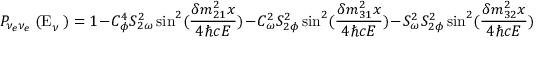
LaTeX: P _ { \nu _ { e } \nu _ { e } } { \mathrm { \tiny ~ ( E } } _ { \nu } \mathrm { \tiny ~ ) } = 1 - C _ { \phi } ^ { 4 } S _ { 2 \omega } ^ { 2 } \sin ^ { 2 } ( \frac { \delta m _ { 2 1 } ^ { 2 } x } { 4 \hbar c E } ) - C _ { \omega } ^ { 2 } S _ { 2 \phi } ^ { 2 } \sin ^ { 2 } ( \frac { \delta m _ { 3 1 } ^ { 2 } x } { 4 \hbar c E } ) - S _ { \omega } ^ { 2 } S _ { 2 \phi } ^ { 2 } \sin ^ { 2 } ( \frac { \delta m _ { 3 2 } ^ { 2 } x } { 4 \hbar c E } )